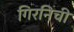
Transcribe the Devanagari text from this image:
गिरनिची